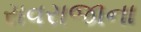
રાવરાજાના